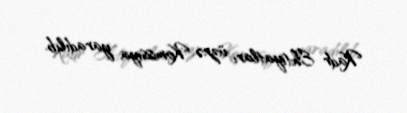
Kadr Ehtiyatları üzrə Komissiya yaradılıb.